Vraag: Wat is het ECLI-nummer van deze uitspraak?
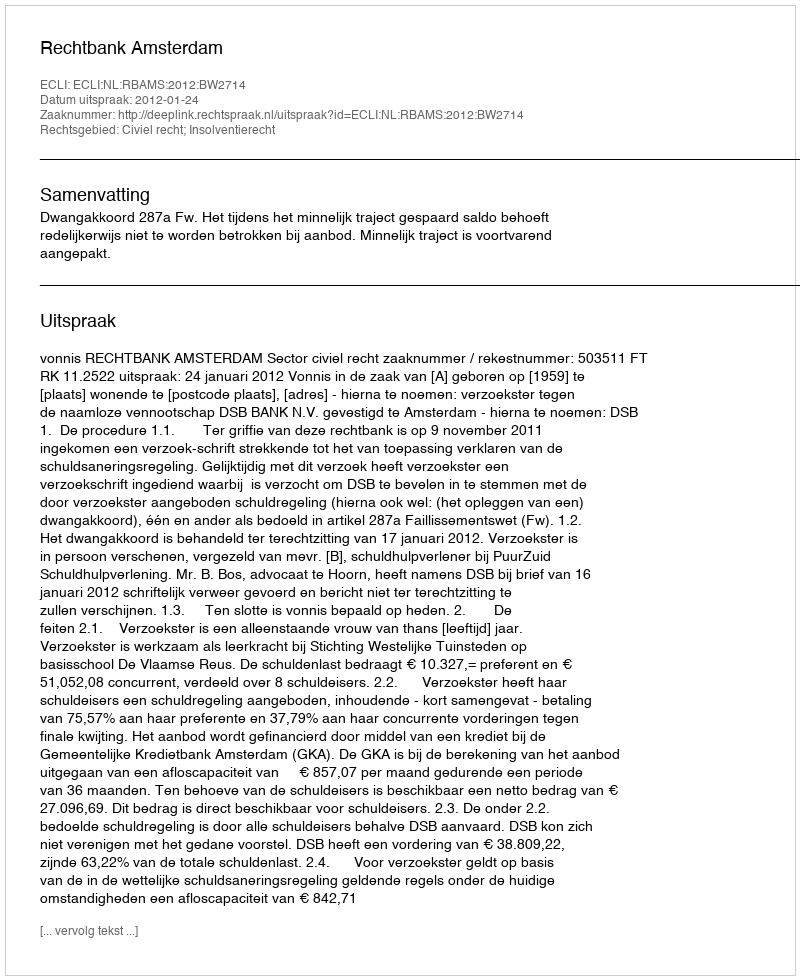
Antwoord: ECLI:NL:RBAMS:2012:BW2714